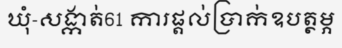
ឃុំ-សង្កាត់61 ការផ្តល់ប្រាក់ឧបត្ថម្ភ